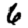
Digit: 6